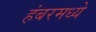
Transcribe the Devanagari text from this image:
हंबरमध्ये